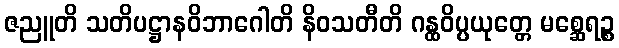
ဇညူတိ သတိပဋ္ဌာနဝိဘာဂေါတိ နိဝသတီတိ ဂန္ထဝိပ္ပယုတ္တေ မစ္ဆေရဉ္စ